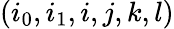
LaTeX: (i_{0},i_{1},i,j,k,l)